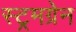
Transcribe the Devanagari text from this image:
स्ट्रमग्रेन